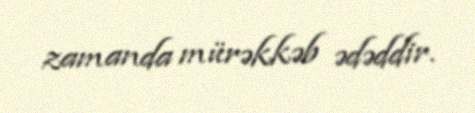
zamanda mürəkkəb ədəddir.